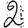
Digit: 2